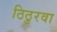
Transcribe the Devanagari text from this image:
ठिठुरवा